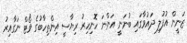
ޒަނީން އުފުލި ދައުވާގައި ބުނަނީ އަންނަ ހޮނިހިރު ރިޔާސީ އިންތިހާބުގެ ވޯޓް ނަގާއިރު